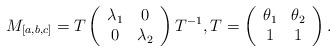
LaTeX: \begin{align*} M_{[a,b,c]} = T \left( \begin{array}{cc} \lambda_1 & 0 \\ 0 & \lambda_2 \end{array} \right) T^{-1}, T = \left( \begin{array}{cc} \theta_1 & \theta_2 \\ 1 & 1 \end{array} \right).\end{align*}